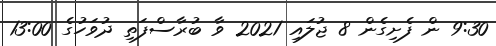
9:30 ން ފެށިގެން 8 ޖުލައި 2021 ވާ ބުރާސްފަތި ދުވަހުގެ 13:00